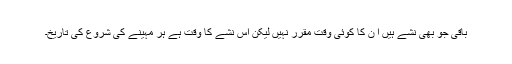
باقی جو بھی نشے ہیں ا ن کا کوئی وقت مقرر نہیں لیکن اس نشے کا وقت ہے ہر مہینے کی شروع کی تاریخ۔